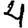
Digit: 4